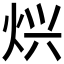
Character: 𱫄